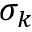
\sigma _ { k }